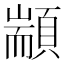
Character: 顓